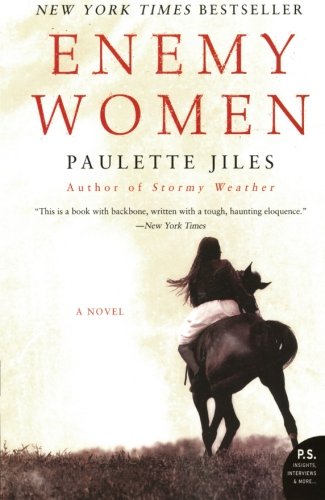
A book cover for Enemy Women; Paulette Jiles; Literature & Fiction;